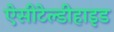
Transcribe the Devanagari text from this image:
ऐसीटेल्डीहाइड